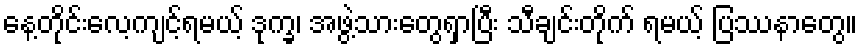
နေ့တိုင်းလေ့ကျင့်ရမယ့် ဒုက္ခ၊ အဖွဲ့သားတွေရှာပြီး သီချင်းတိုက် ရမယ့် ပြဿနာတွေ။